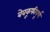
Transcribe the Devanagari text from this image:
बेवकूफीपूर्ण